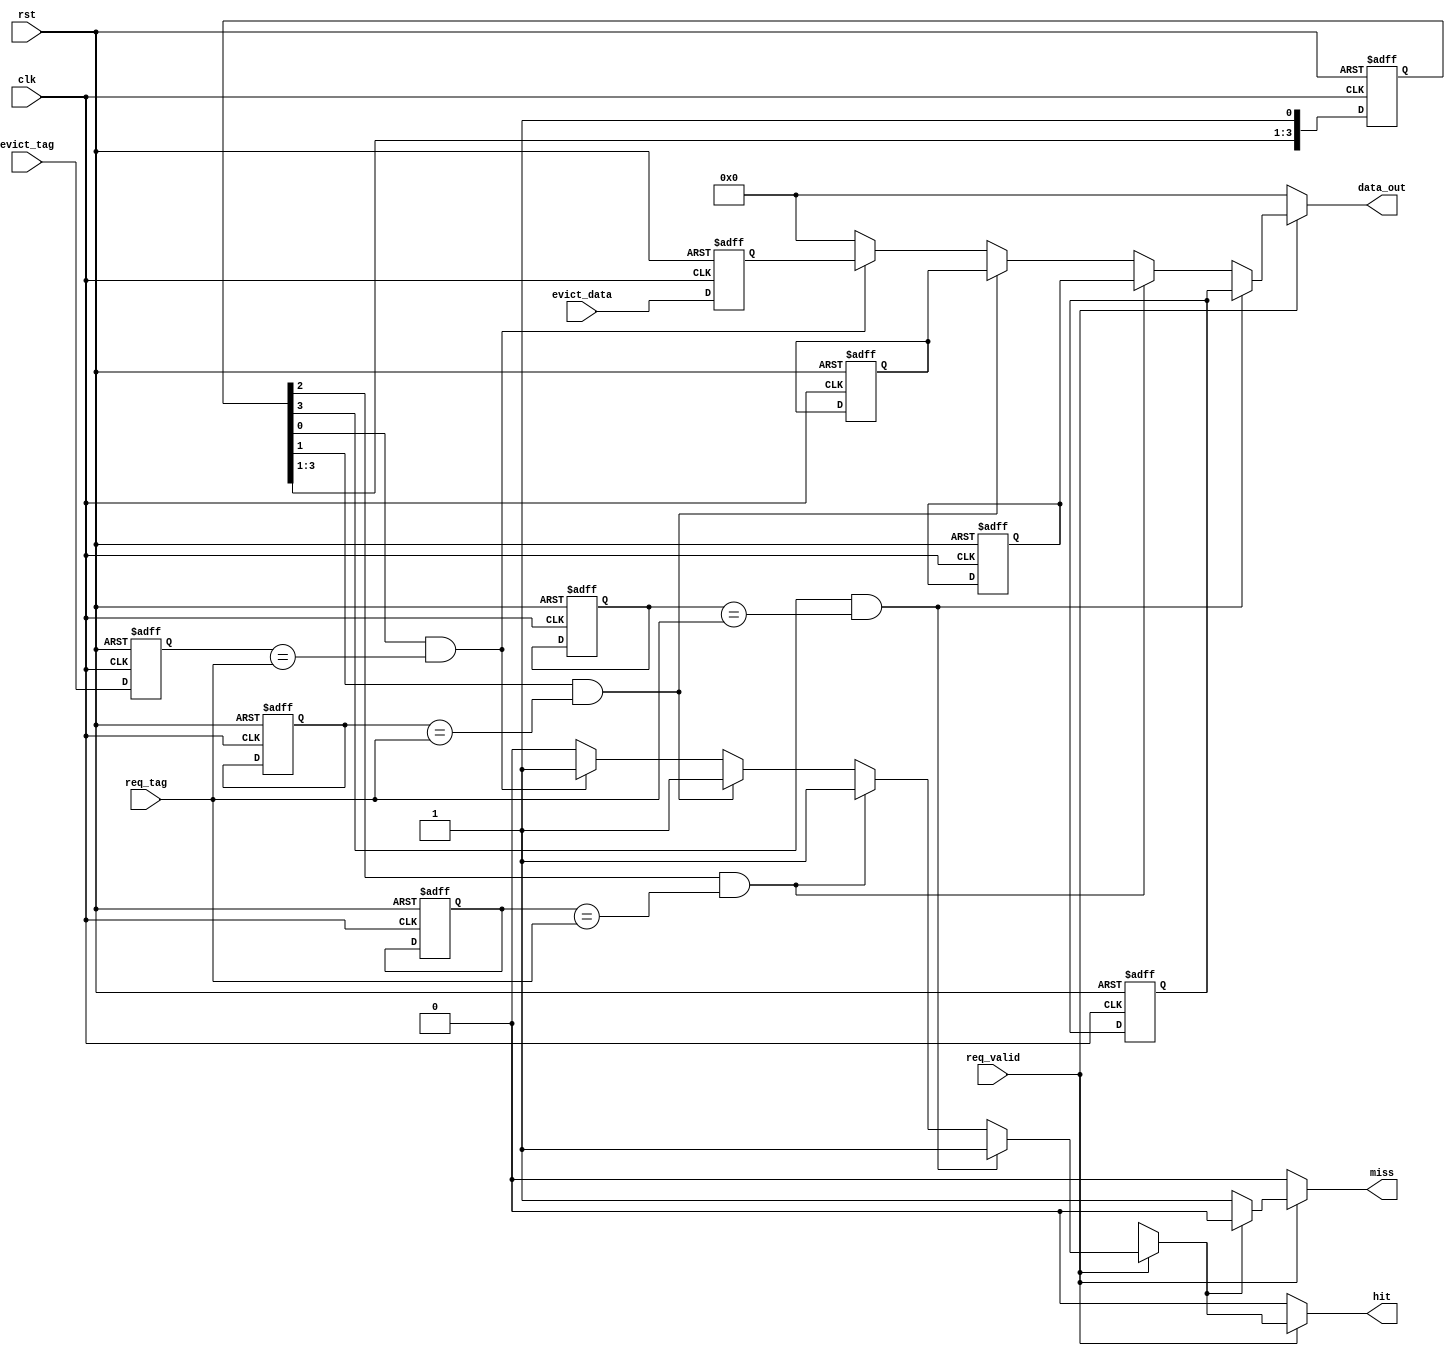
module victim_cache #(
    parameter DATA_WIDTH = 32,          // Width of the cache line
    parameter TAG_WIDTH = 20,           // Width of the tag
    parameter CACHE_SIZE = 4             // Number of entries in the victim cache
) (
    input wire clk,
    input wire rst,
    input wire [TAG_WIDTH-1:0] evict_tag, // Tag of evicted line from main cache
    input wire [DATA_WIDTH-1:0] evict_data, // Data of evicted line
    input wire req_valid,                 // Request valid signal
    input wire [TAG_WIDTH-1:0] req_tag,   // Tag for data request
    output reg [DATA_WIDTH-1:0] data_out, // Data output
    output reg hit,                       // Hit signal
    output reg miss                       // Miss signal
);

    // Data and tag arrays for the victim cache
    reg [DATA_WIDTH-1:0] cache_data[CACHE_SIZE-1:0];
    reg [TAG_WIDTH-1:0] cache_tag[CACHE_SIZE-1:0];
    reg [CACHE_SIZE-1:0] valid;           // Valid bits for each entry
    reg [CACHE_SIZE-1:0] lru_counter;     // Simple LRU counter for replacement policy

    integer i;

    // Initialize cache on reset
    always @(posedge clk or posedge rst) begin
        if (rst) begin
            for (i = 0; i < CACHE_SIZE; i = i + 1) begin
                valid[i] <= 1'b0;
                cache_data[i] <= {DATA_WIDTH{1'b0}};
                cache_tag[i] <= {TAG_WIDTH{1'b0}};
            end
            lru_counter <= {CACHE_SIZE{1'b0}};
        end else begin
            // Handle evictions and insertions
            if (valid[0] == 1'b0) begin
                // Insert into the first empty slot
                valid[0] <= 1'b1;
                cache_tag[0] <= evict_tag;
                cache_data[0] <= evict_data;
            end else begin
                // Replace the LRU entry (for simplicity, replacing entry 0)
                // A more sophisticated mechanism would be required for actual LRU
                // Here we just replace the first entry for simplification
                valid[0] <= 1'b1;
                cache_tag[0] <= evict_tag;
                cache_data[0] <= evict_data;
            end
        end
    end

    // Handle data request
    always @(*) begin
        hit = 1'b0;
        miss = 1'b0;
        data_out = {DATA_WIDTH{1'b0}};

        if (req_valid) begin
            for (i = 0; i < CACHE_SIZE; i = i + 1) begin
                if (valid[i] && (cache_tag[i] == req_tag)) begin
                    hit = 1'b1;
                    data_out = cache_data[i];
                end
            end
            if (!hit) miss = 1'b1;  // If no hit, it's a miss
        end
    end

endmodule